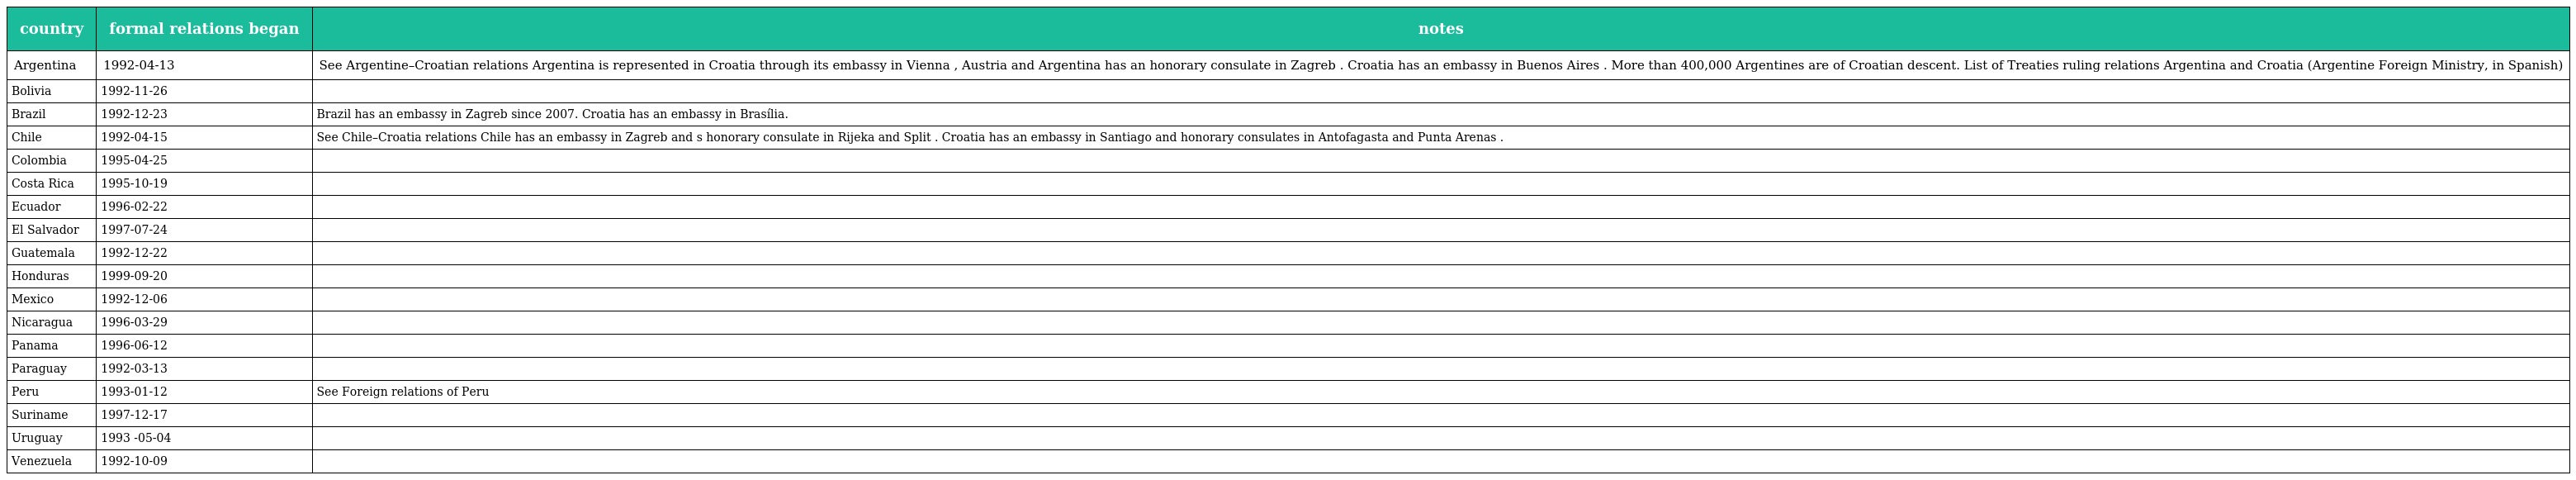
| country | formal relations began | notes |
 | --- | --- | --- |
 | Argentina | 1992-04-13 | See Argentine–Croatian relations Argentina is represented in Croatia through its embassy in Vienna , Austria and Argentina has an honorary consulate in Zagreb . Croatia has an embassy in Buenos Aires . More than 400,000 Argentines are of Croatian descent. List of Treaties ruling relations Argentina and Croatia (Argentine Foreign Ministry, in Spanish) |
 | Bolivia | 1992-11-26 |  |
 | Brazil | 1992-12-23 | Brazil has an embassy in Zagreb since 2007. Croatia has an embassy in Brasília. |
 | Chile | 1992-04-15 | See Chile–Croatia relations Chile has an embassy in Zagreb and s honorary consulate in Rijeka and Split . Croatia has an embassy in Santiago and honorary consulates in Antofagasta and Punta Arenas . |
 | Colombia | 1995-04-25 |  |
 | Costa Rica | 1995-10-19 |  |
 | Ecuador | 1996-02-22 |  |
 | El Salvador | 1997-07-24 |  |
 | Guatemala | 1992-12-22 |  |
 | Honduras | 1999-09-20 |  |
 | Mexico | 1992-12-06 |  |
 | Nicaragua | 1996-03-29 |  |
 | Panama | 1996-06-12 |  |
 | Paraguay | 1992-03-13 |  |
 | Peru | 1993-01-12 | See Foreign relations of Peru |
 | Suriname | 1997-12-17 |  |
 | Uruguay | 1993 -05-04 |  |
 | Venezuela | 1992-10-09 |  |